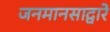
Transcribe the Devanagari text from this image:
जनमानसाद्वारे